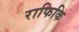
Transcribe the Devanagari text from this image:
राफिकि